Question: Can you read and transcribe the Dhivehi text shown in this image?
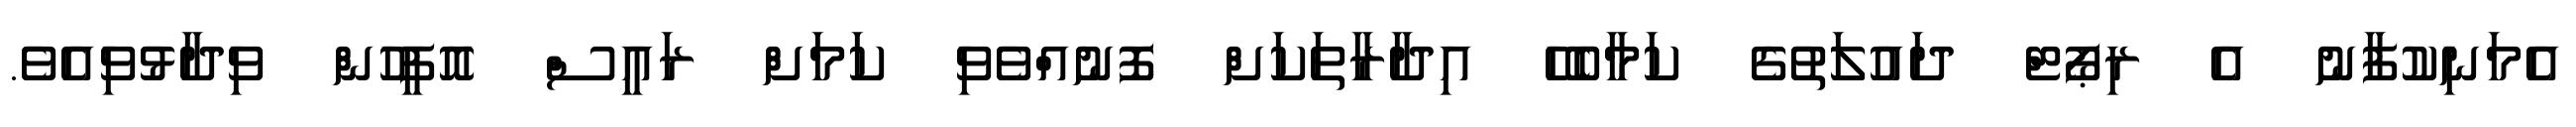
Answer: އެމަނިކުފާނު އެ ރިޕޯޓް ދައުލަތުގެ ކަމާބެހޭ އިދާރާތަކަށް ފޮނުއްވެވި ކަމަށް ރައީސް އޮފީހުން ވިދާޅުވިއެވެ.